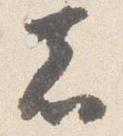
者